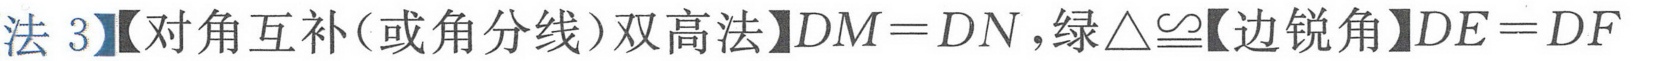
【法 3】【对角互补(或角分线)双高法】\(DM = DN\)，绿\(\triangle\cong\)【边锐角】\(DE = DF\)